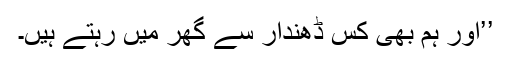
’’اور ہم بھی کس ڈھندار سے گھر میں رہتے ہیں۔